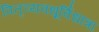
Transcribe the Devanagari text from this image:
पितृव्यवधूर्विधात्रा